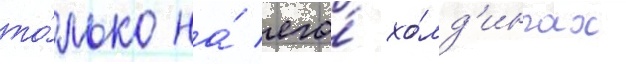
то́лько на́ его́ хо́лд'ингах